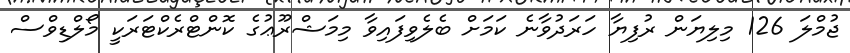
ޖުމްލަ 126 މިލިޔަން ރުފިޔާ ހަރަދުވާނެ ކަމަށް ބެލެވިފައިވާ މިމަޝްރޫޢުގެ ކޮންޓްރެކްޓަރަކީ މޯލްޑިވްސް